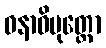
ဝနာဓိမုတ္တော